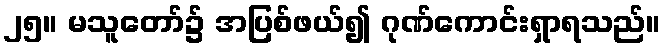
၂၅။ မသူတော်၌ အပြစ်ဖယ်၍ ဂုဏ်ကောင်းရှာရသည်။